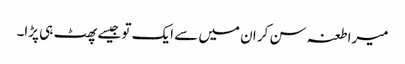
میرا طعنہ سن کر ان میں سے ایک تو جیسے پھٹ ہی پڑا۔